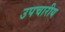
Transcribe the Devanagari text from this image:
उपचारीय